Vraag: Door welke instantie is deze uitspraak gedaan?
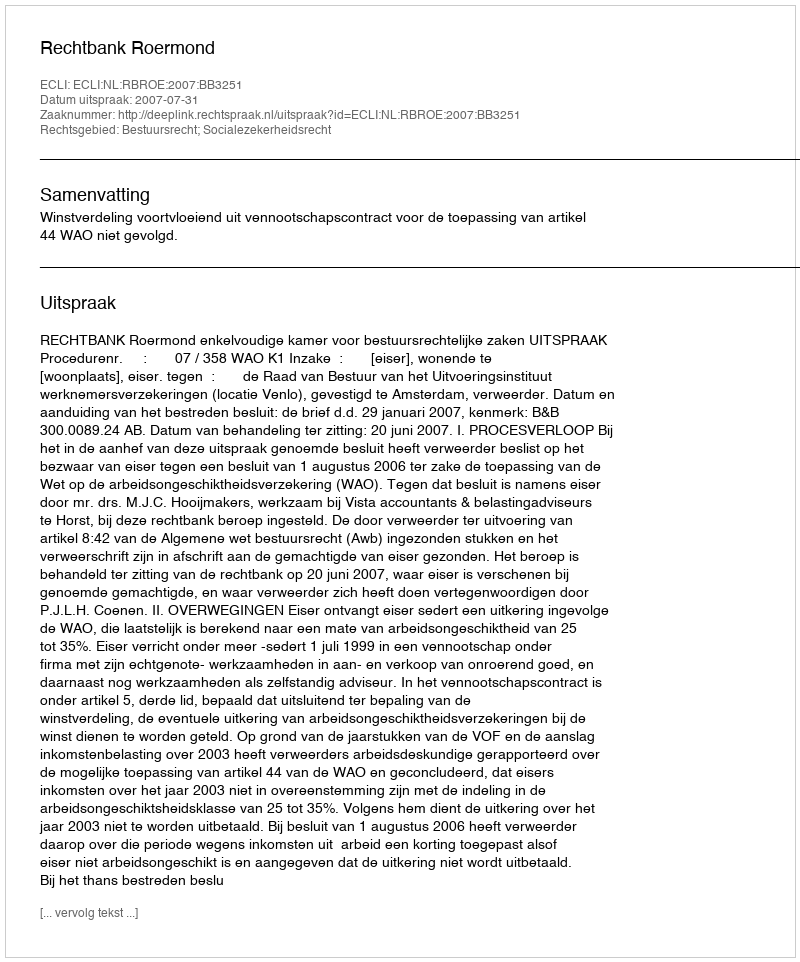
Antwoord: Rechtbank Roermond